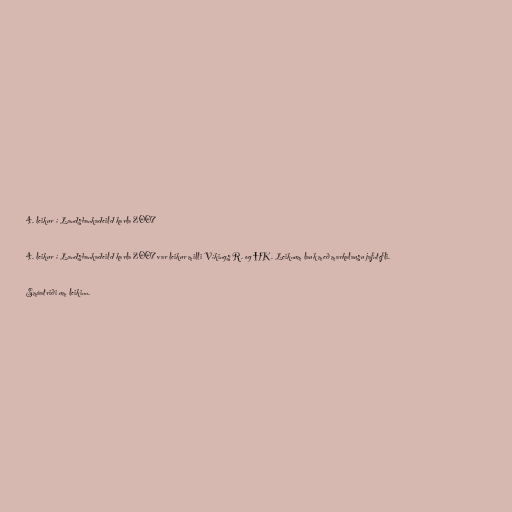
4. leikur í Landsbankadeild karla 2007

4. leikur í Landsbankadeild karla 2007 var leikur milli Víkings R. og HK. Leiknum lauk með markalausu jafntefli.

Smáatriði um leikinn.